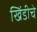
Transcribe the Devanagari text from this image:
खिंडीचे